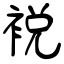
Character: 裞